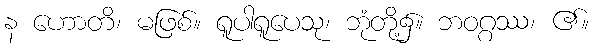
န ဟောတိ၊ မဖြစ်။ ရူပါရူပေသု၊ ဘုံတို့၌။ ဘဝဂ္ဂဿ၊ ၏။